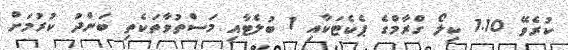
ކުރެވޭ 1.10 ކިލޯ ގްރާމްގެ ޕެކެޓަކާއި 1 ބުލެޓާއި މަސްތުވާތަކެތި ބަންދު ކުރުމަށް